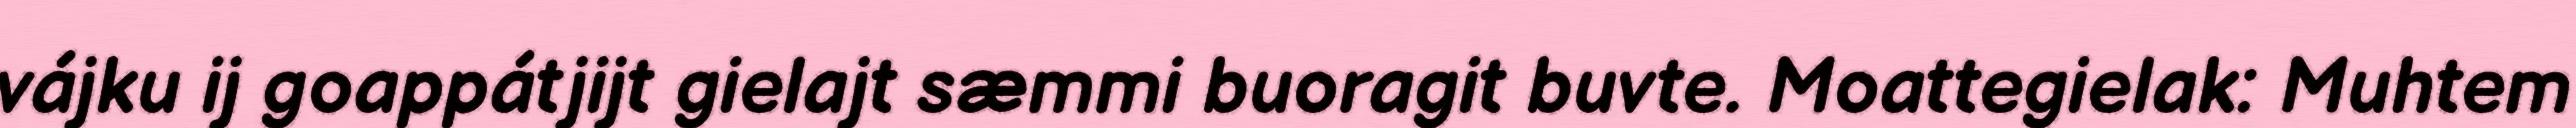
vájku ij goappátjijt gielajt sæmmi buoragit buvte. Moattegielak: Muhtem